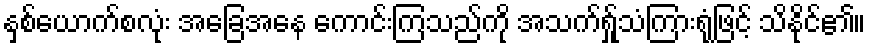
နှစ်ယောက်စလုံး အခြေအနေ ကောင်းကြသည်ကို အသက်ရ်ှုသံကြားရုံဖြင့် သိနိုင်၏။